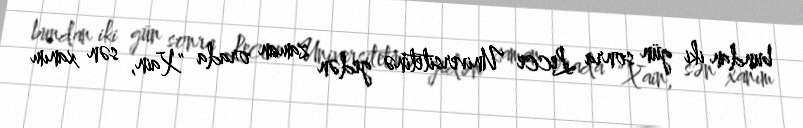
bundan iki gün sonra Lecce Universitetinə gedən zaman orada "Xain, sən xanım